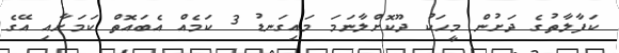
ކަފާލާތުގެ ދަށުން މީހަކު ދޫކޮށްލާނަމަ މައިގަނޑު 3 ކަމެއް އެބައޮތް ކަމަށާއި އޭގެ